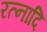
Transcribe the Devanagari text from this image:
रत्नादि